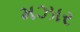
મઝાર